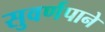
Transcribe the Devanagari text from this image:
सुवर्णपाने